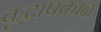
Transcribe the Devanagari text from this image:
वृद्धापकाळ